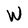
Character: W